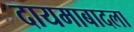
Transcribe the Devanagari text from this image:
दायमाबादला